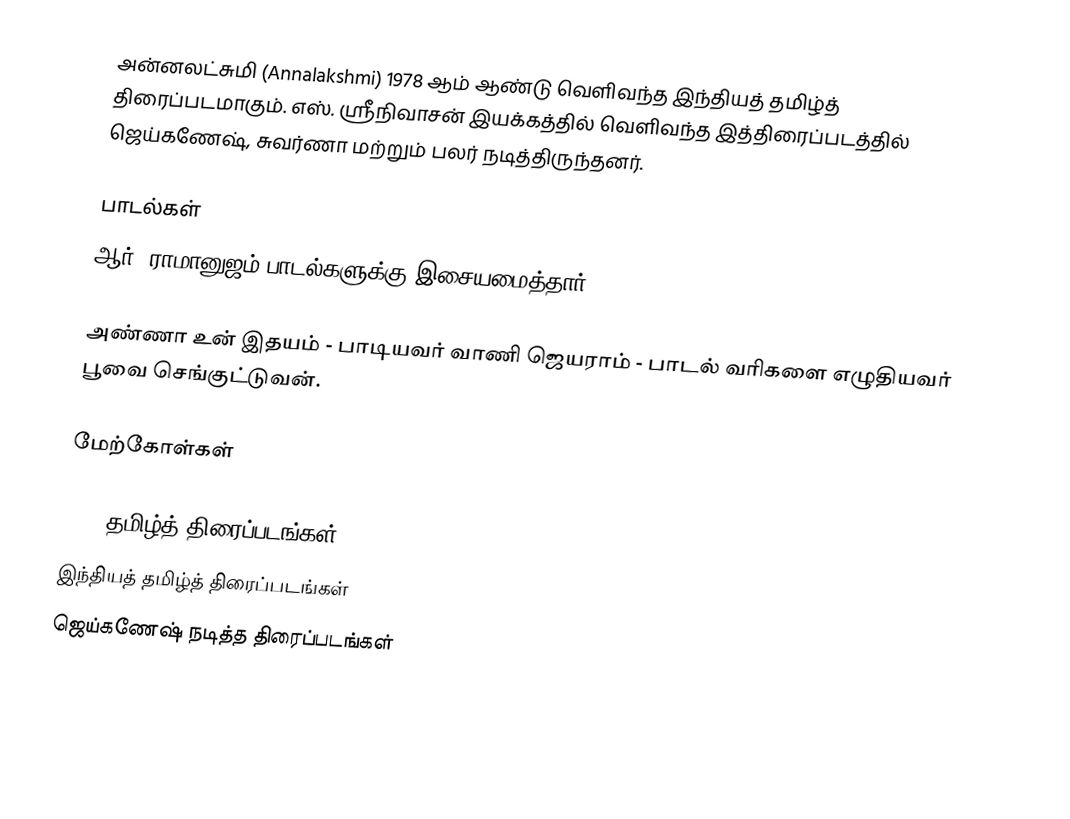
அன்னலட்சுமி (Annalakshmi) 1978 ஆம் ஆண்டு வெளிவந்த இந்தியத் தமிழ்த் திரைப்படமாகும். எஸ். ஸ்ரீநிவாசன் இயக்கத்தில் வெளிவந்த இத்திரைப்படத்தில் ஜெய்கணேஷ், சுவர்ணா மற்றும் பலர் நடித்திருந்தனர்.

பாடல்கள்
ஆர். ராமானுஜம் பாடல்களுக்கு இசையமைத்தார்.

அண்ணா உன் இதயம் - பாடியவர் வாணி ஜெயராம் - பாடல் வரிகளை எழுதியவர் பூவை செங்குட்டுவன்.

மேற்கோள்கள்

1978 தமிழ்த் திரைப்படங்கள்
இந்தியத் தமிழ்த் திரைப்படங்கள்
ஜெய்கணேஷ் நடித்த திரைப்படங்கள்